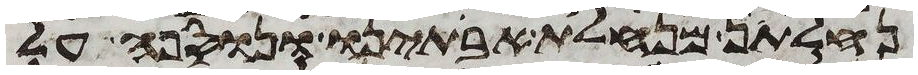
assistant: נחלתן מנחלת אבתינו ונוספה על